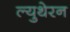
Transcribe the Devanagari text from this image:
ल्युथेरन